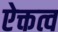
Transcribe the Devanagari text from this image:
ऐक्तत्व